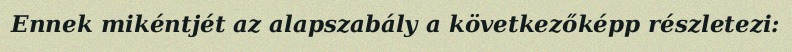
Ennek mikéntjét az alapszabály a következőképp részletezi: